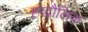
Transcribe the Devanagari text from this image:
ह्य्द्रौलिक